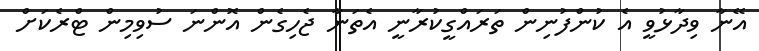
އޭނާ ވިދާޅުވީ އެ ކުންފުނިން ތަރައްގީކުރާނީ އެތަނާ ޖެހިގެން އޮންނަ ސުވިމިން ޓްރެކަށް